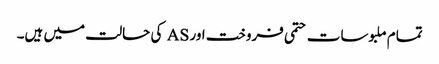
تمام ملبوسات حتمی فروخت اور AS کی حالت میں ہیں۔